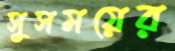
সুসময়ের